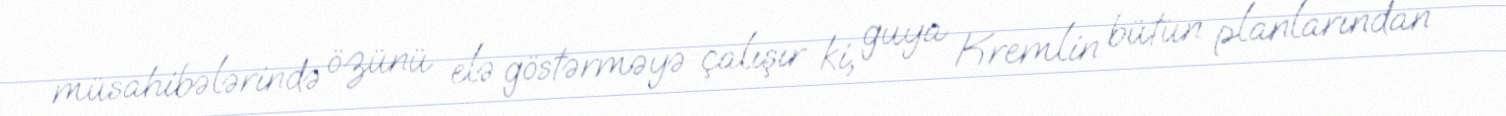
müsahibələrində özünü elə göstərməyə çalışır ki, guya Kremlin bütün planlarından